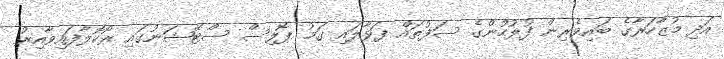
އަދި މުޒާހަރާގެ ބައިވެރިން ފުލުހުންގެ ސަފުތައް ފަޅާލައި ގަމު ޕޮލިސް ސްޓޭޝަނުގައި ރޯކޮލާފައިވާއިރު